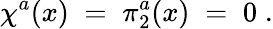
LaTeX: \chi^{a}(x)\; =\; \pi_{2}^{a}(x)\; =\; 0\; .